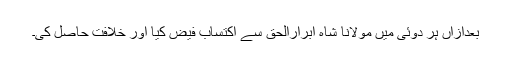
بعدازاں ہر دوئی میں مولانا شاہ ابرارالحق سے اکتساب فیض کیا اور خلافت حاصل کی۔